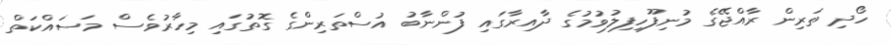
ހޯދި ތަރިން ރާއްޖޭގެ މުނިފޫހިފިލުވުމުގެ ދާއިރާގައި ފުންނާބު އުސްތަރިންގެ ގޮތުގައި މިހާރުވެސް މަސައްކަތް